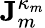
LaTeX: \mathbf{J}_{m}^{\kappa_{m}}